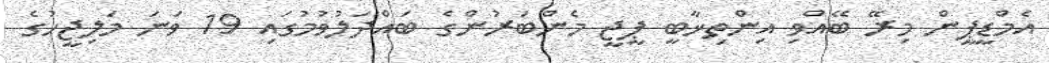
އެމްޑީޕީން މިރޭ ބޭއްވި އިންތިޚާބީ ޕީޖީ މެންބަރުންގެ ބައްދަލުވުމުގައި 19 ވަނަ މަލިޖީހުގެ